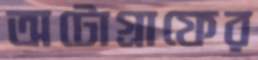
অটোগ্রাফের